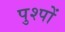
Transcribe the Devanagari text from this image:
पुश्पों